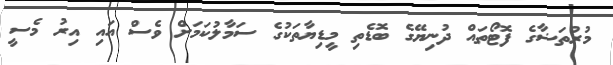
މުރުތަޟާގެ ފޮޓޯތައް ދުނިޔޭގެ ބޮޑެތި މީޑިޔާތަކުގެ ސަމާލުކަމަށް ވެސް އައި އިރު މެސީ